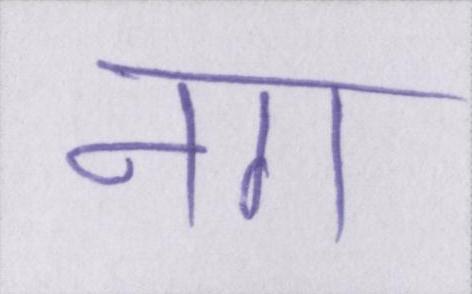
नग